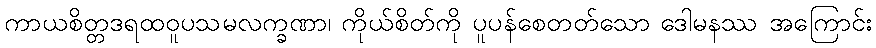
ကာယစိတ္တဒရထဝူပသမလက္ခဏာ၊ ကိုယ်စိတ်ကို ပူပန်စေတတ်သော ဒေါမနဿ အကြောင်း